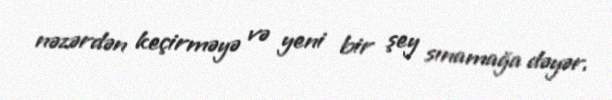
nəzərdən keçirməyə və yeni bir şey sınamağa dəyər.